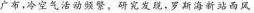
广布，冷空气活动频繁，研究发现，罗斯海新站西风